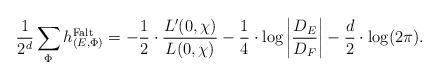
LaTeX: \begin{align*}\frac{1}{2^d} \sum_\Phi h^\mathrm{Falt}_{(E,\Phi)} = - \frac{1}{2} \cdot \frac{ L'(0,\chi) }{ L(0,\chi ) } - \frac{1}{4} \cdot \log \left| \frac{D_E}{D_F} \right| - \frac{d}{2}\cdot \log(2\pi ).\end{align*}